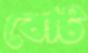
বোট